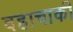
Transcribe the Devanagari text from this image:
दहाचाकी